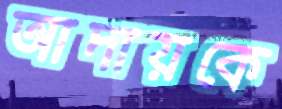
আদায়কে